Report on sanitation, dispensaries, and jails in Rajputana for 1917, and on vaccination for the year 1917-1918 - 1917-1918
Year: 1917
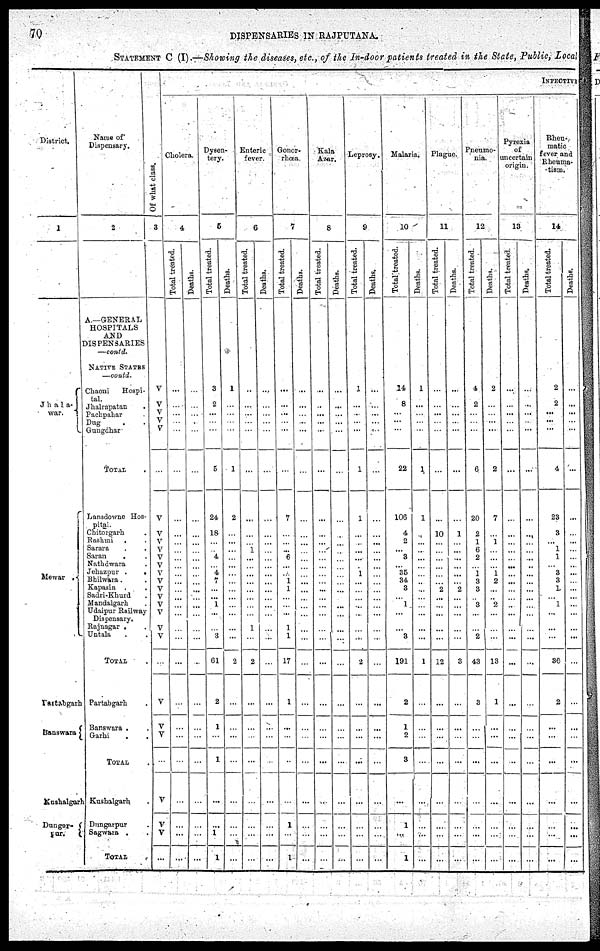
70
DISPENSARIES IN RAJPUTANA.
STATEMENT C (I).—Showing the diseases, etc., of the In-door patients treated in the State, Public, Local
District.
1
Jhala¬
war.
Mawar .
Partabgarh
Banswara
Kushalgarh
Dungar¬
pur.
Name of
Dispensary.
2
A—GENERAL
HOSPITALS
AND
DISPENSARIES
—contd.
NATIVE STATES
—contd.
Chaoni Hospi¬
tal.
Jhalrapatan .
Pachpahar .
Dug . .
Gungdhar
TOTAL .
Lansdowne Hos¬
pital
Chitorgarh .
Rashmi . .
Sarara . .
Saran . .
Nathdwara .
Jehazpur .
.
Bhilwara . .
Kapasin
Sadri-Khurd .
Mandalgarh .
Udaipur Railway
Dispensary.
Rajnagar . .
Untala . .
TOTAL .
Partabgarh .
Banswara . .
Garhi
. .
TOTAL .
Kushalgarh .
Dungarpur .
Sagwara . .
TOTAL
INFECTIVE
Of what class.
3
V
V
V
V
V
...
V
V
V
V
V
V
V
V
V
V
V
V
V
V
...
V
V
V
...
V
V
V
...
Cholera.
4
Total treated.
...
...
...
...
...
...
...
...
...
...
...
...
...
...
...
...
...
...
...
...
...
...
...
...
...
...
...
...
...
Deaths.
...
...
...
...
...
...
...
...
...
...
...
...
...
...
...
...
...
...
...
...
...
...
...
...
...
...
...
...
...
Dysen-
tery.
5
Total treated.
3
2
...
...
...
5
24
18
...
...
4
...
4
7
...
...
1
...
...
3
61
2
1
...
1
...
...
1
1
Deaths.
1
...
...
...
...
1
2
...
...
...
...
...
...
...
...
...
...
...
...
...
2
...
...
...
...
...
...
...
...
Enteric
fever.
6
Total treated.
...
...
...
...
...
...
...
...
...
1
...
...
...
...
...
...
...
...
1
...
2
...
...
...
...
...
...
...
...
Deaths.
...
...
...
...
...
...
...
...
...
...
...
...
...
...
...
...
...
...
...
...
...
...
...
...
...
...
...
...
...
Gonor¬
rhœa.
7
Total treated.
...
...
...
...
...
...
7
...
...
...
6
...
...
1
1
...
...
...
1
1
17
1
...
...
...
...
1
...
1
Deaths.
...
...
...
...
...
...
...
...
...
...
...
...
...
...
...
...
...
...
...
...
...
...
...
...
...
...
...
...
...
Kola
Azar.
8
Total treated.
...
...
...
...
...
...
...
...
...
...
...
...
...
...
...
...
...
...
...
...
...
...
...
...
...
...
...
...
...
Deaths.
...
...
...
...
...
...
...
...
...
...
...
...
...
...
...
...
...
...
...
...
...
...
...
...
...
...
...
...
...
Leprosy.
9
Total treated.
1
...
...
...
...
1
1
...
...
...
...
...
1
...
...
...
...
...
...
...
2
...
...
...
...
...
...
...
...
Deaths.
...
...
...
...
...
...
...
...
...
...
...
...
...
...
...
...
...
...
...
...
...
...
...
...
...
...
...
...
...
Malaria.
10
Total treated.
14
8
...
...
...
22
106
4
2
...
3
...
35
34
3
...
1
...
...
3
191
2
1
2
3
...
1
...
1
Deaths.
1
...
...
...
...
1
1
...
...
...
...
...
...
...
...
...
...
...
...
...
1
...
...
...
...
...
...
...
...
Plague.
11
Total treated.
...
...
...
...
...
...
...
10
...
...
...
...
...
...
2
...
...
...
...
...
12
...
...
...
...
...
...
...
...
Deaths.
...
...
...
...
...
...
...
1
...
...
...
...
...
...
2
...
...
...
...
...
3
...
...
...
...
...
...
...
...
Pneumo-
nia.
12
Total treated.
4
2
...
...
...
6
20
2
1
6
2
...
1
3
3
...
3
...
...
2
43
3
...
...
...
...
...
...
...
Deaths.
2
...
...
...
...
2
7
...
1
...
...
...
1
2
...
...
2
...
...
...
13
1
...
...
...
...
...
...
...
Pyrexia
of
uncertain
origin.
13
Total treated
...
...
...
...
...
...
...
...
...
...
...
...
...
...
...
...
...
...
...
...
...
...
...
...
...
...
...
...
...
Deaths.
...
...
...
...
...
...
...
...
...
...
...
...
...
...
...
...
...
...
...
...
...
...
...
...
...
...
...
...
...
Rheu¬
matic
fever and
Rheuma¬
tism.
14
Total treated.
2
2
...
...
...
4
23
3
...
1
1
...
3
3
1
...
1
...
...
...
36
2
...
...
...
...
...
...
...
Deaths.
...
...
...
...
...
...
...
...
...
...
...
...
...
...
...
...
...
...
...
...
...
...
...
...
...
...
...
...